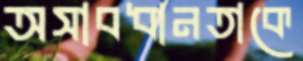
অসাবধানতাকে